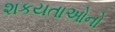
શકયતાઓનો